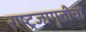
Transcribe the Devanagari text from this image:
राष्ट्रजागृतीची